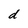
Character: d